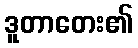
ဒူတာတေး၏